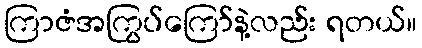
ကြာဇံအကြွပ်ကြော်နဲ့လည်း ရတယ်။